Civil Veterinary Department Bihar & Orissa reports 1911-21 - 1911-1921
Year: 1911
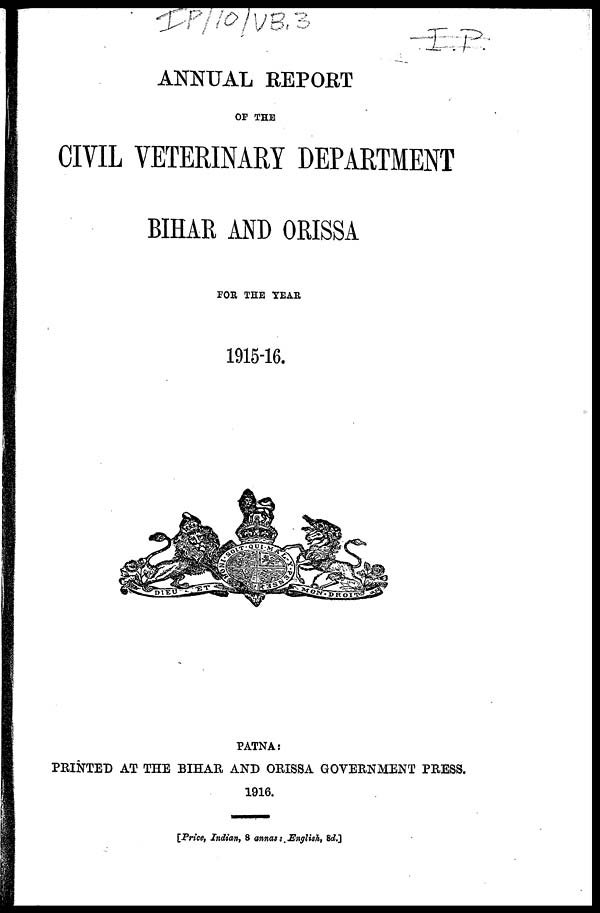
ANNUAL REPORT
OF THE
CIVIL VETERINARY DEPARTMENT
BIHAR AND ORISSA
FOE THE YEAR
1915-16.
PATNA:
PRINTED AT THE BIHAR AND ORISSA GOVERNMENT PRESS.
1916.
[Price, Indian, 8 annas : English, 8d.]